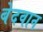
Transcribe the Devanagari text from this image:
बेदवान